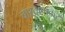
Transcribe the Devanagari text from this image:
चारठाणकर